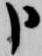
申